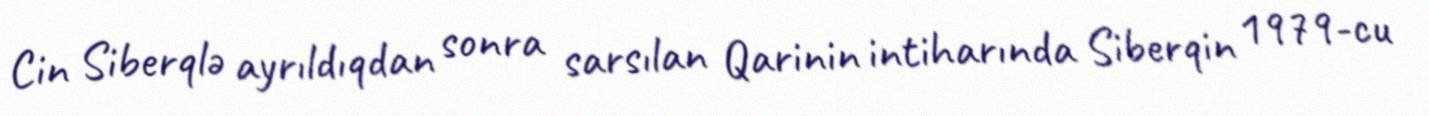
Cin Siberqlə ayrıldıqdan sonra sarsılan Qarinin intiharında Siberqin 1979-cu